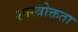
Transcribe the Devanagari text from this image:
शास्त्रोक्तता